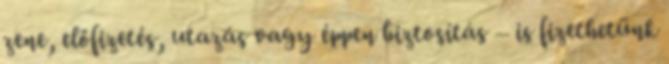
zene, előfizetés, utazás vagy éppen biztosítás – is fizethetünk